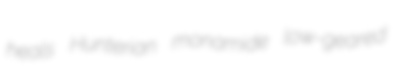
heals Hunterian monamide low-geared